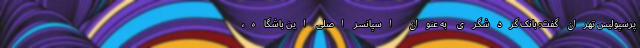
پرسپولیس تهران گفت: بانک گردشگری به عنوان اسپانسر اصلی این باشگاه،